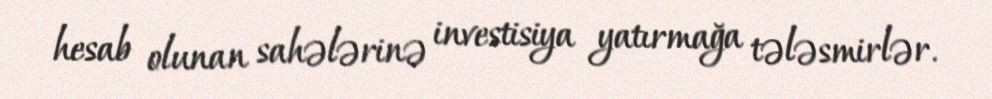
hesab olunan sahələrinə investisiya yatırmağa tələsmirlər.